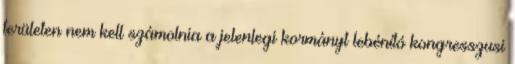
területen nem kell számolnia a jelenlegi kormányt lebénító kongresszusi